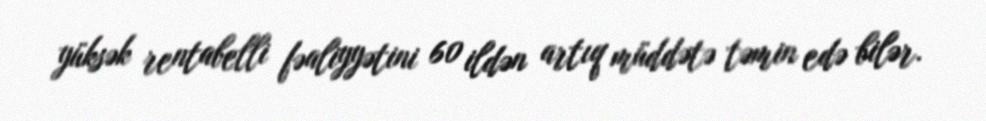
yüksək rentabelli fəaliyyətini 60 ildən artıq müddətə təmin edə bilər.